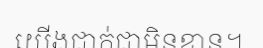
យើងជាក់ជាមិនខាន។